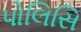
પોલિસિ